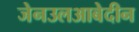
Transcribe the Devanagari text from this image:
जेनउलआबेदीन